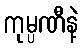
ကုမ္ပဏီနဲ့